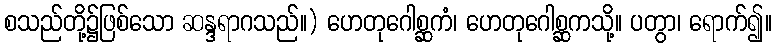
စသည်တို့၌ဖြစ်သော ဆန္ဒရာဂသည်။) ဟေတုဂေါစ္ဆကံ၊ ဟေတုဂေါစ္ဆကသို့။ ပတွာ၊ ရောက်၍။